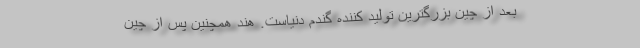
بعد از چین بزرگترین تولید کننده گندم دنیاست. هند همچنین پس از چین